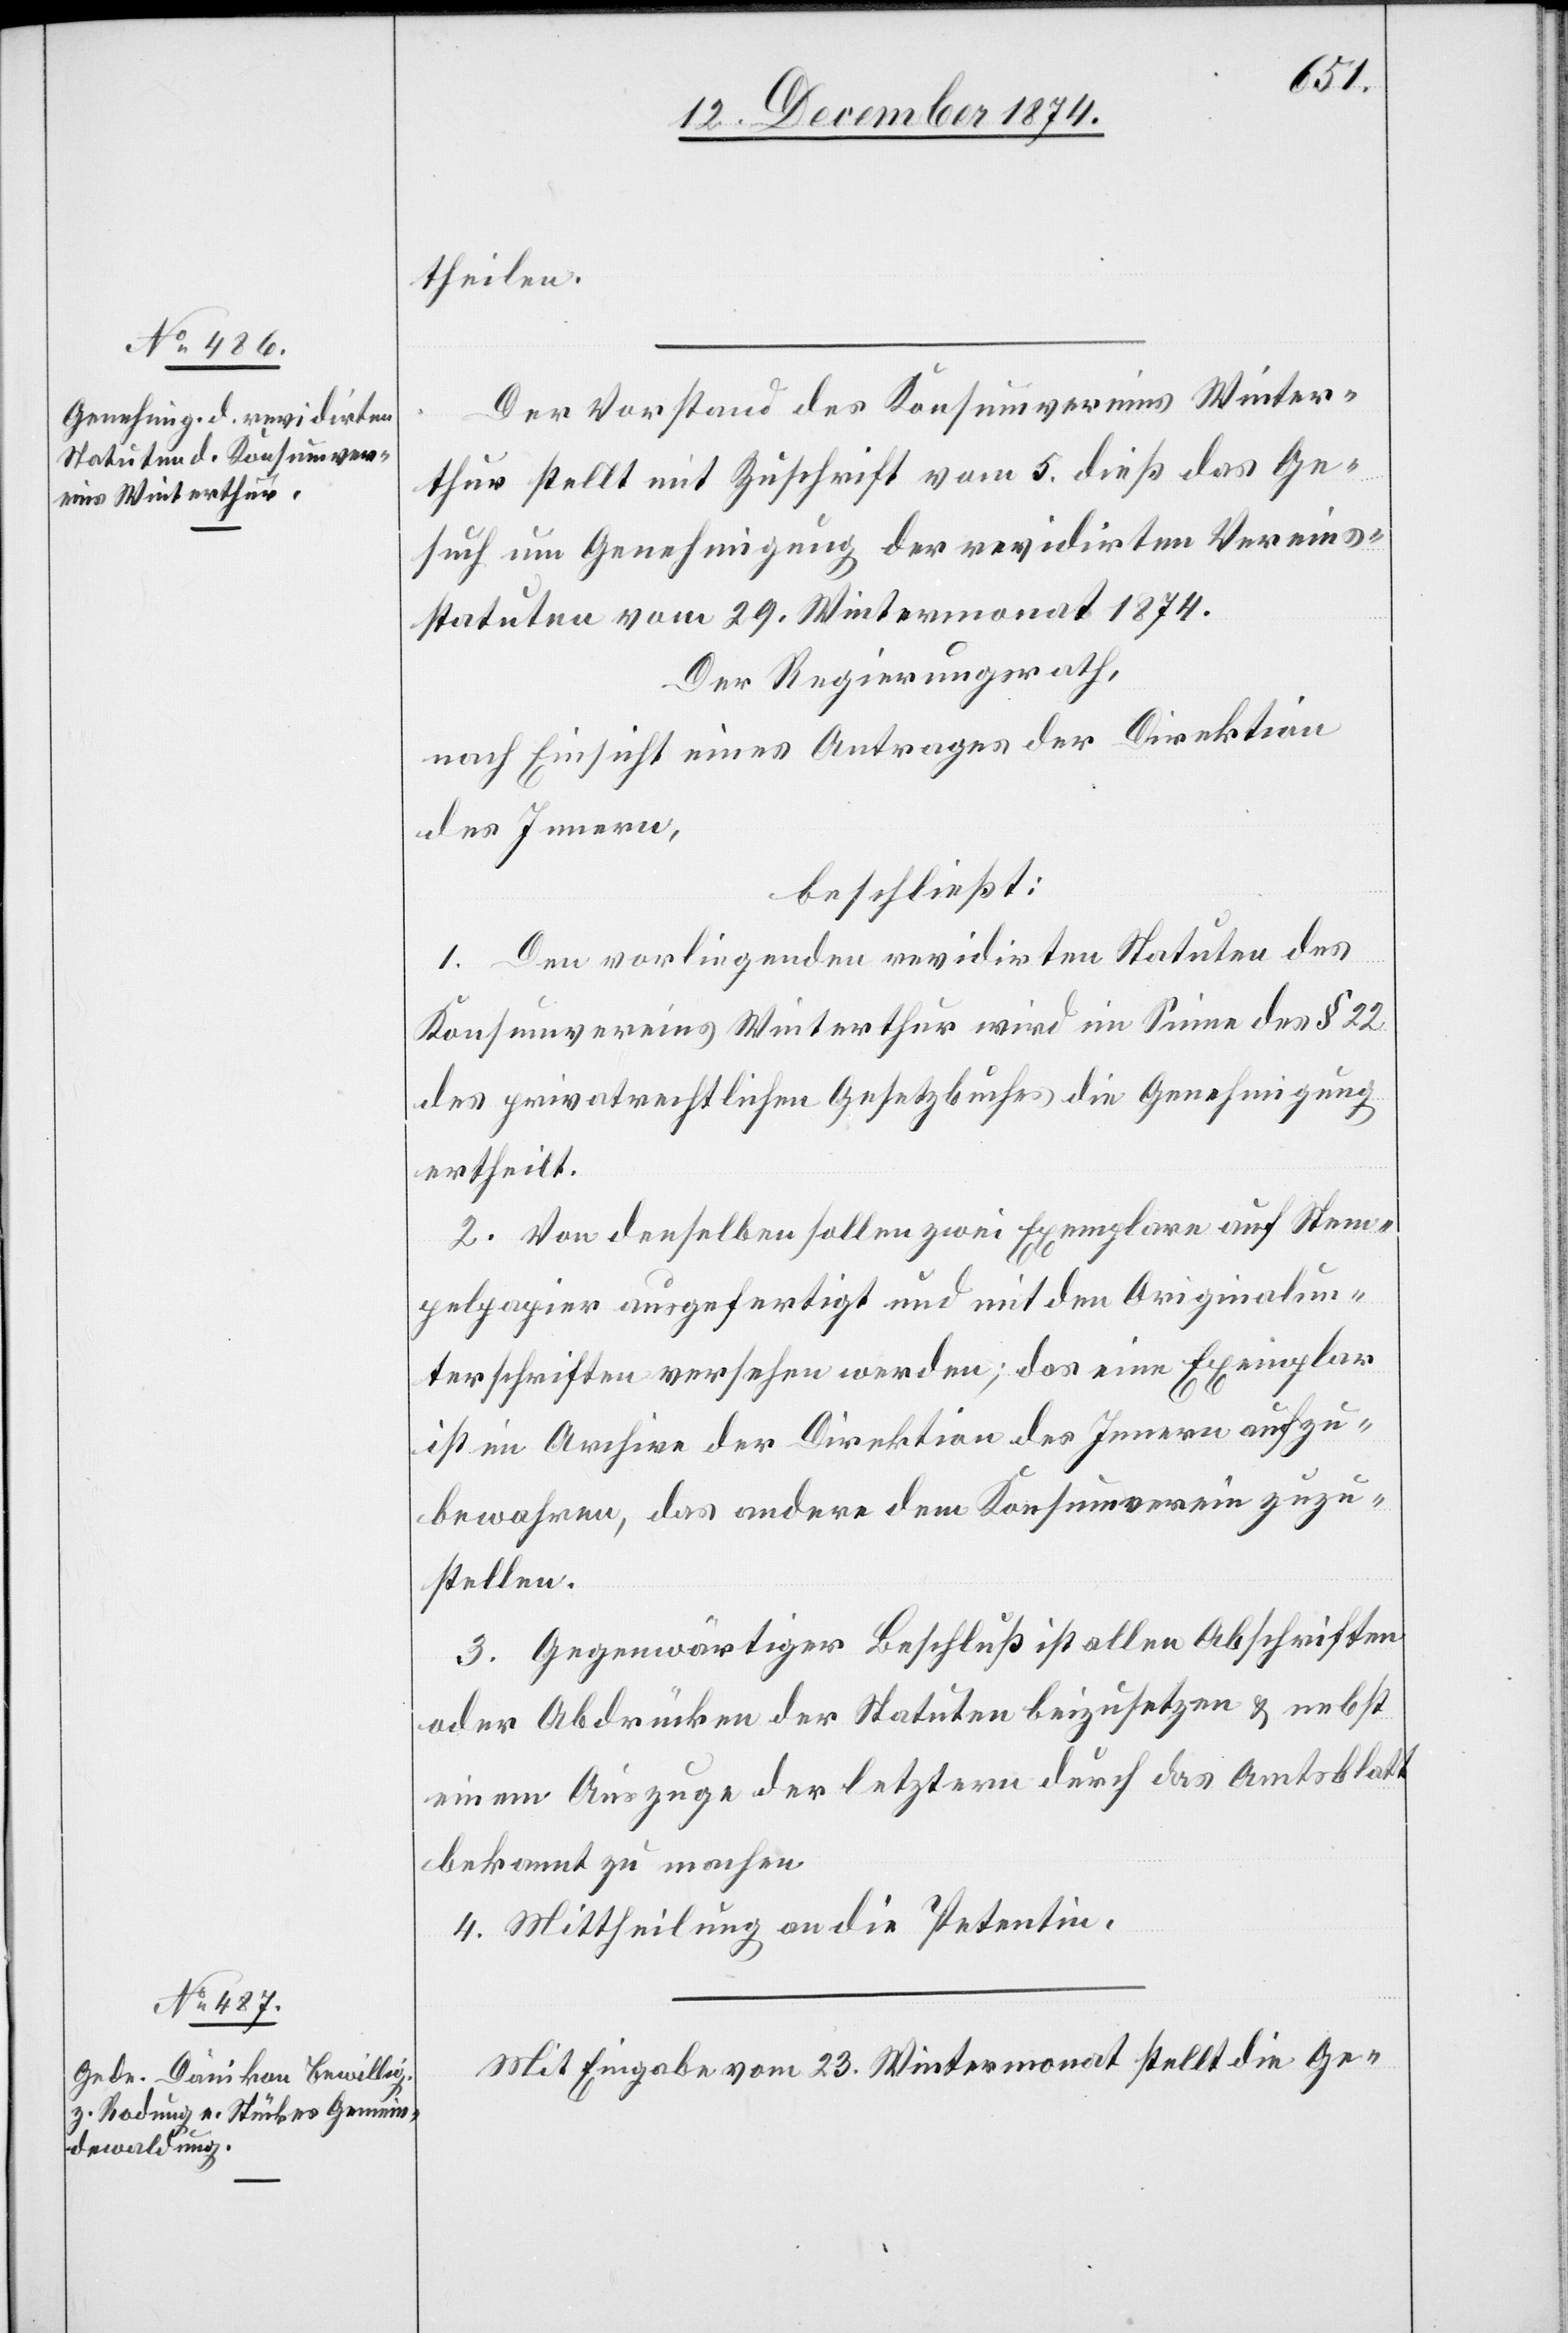
theilen.
Der Vorstand des Konsumvereins Winter¬
thur stellt mit Zuschrift vom 5. dieß das Ge¬
such um Genehmigung der revidirten Vereins¬
statuten vom 29. Wintermonat 1874.
Der Regierungsrath,
nach Einsicht eines Antrages der Direktion
des Innern,
beschließt:
1. Den vorliegenden revidirten Statuten des
Konsumvereins Winterthur wird im Sinne des § 22
des privatrechtlichen Gesetzbuches die Genehmigung
ertheilt.
2. Von denselben sollen zwei Exemplare auf Stem¬
pelpapier ausgefertigt und mit den Originalun¬
terschriften versehen werden; das eine Exemplar
ist im Archive der Direktion des Innern aufzu¬
bewahren, das andere dem Konsumverein zuzu¬
stellen.
3. Gegenwärtiger Beschluß ist allen Abschriften
oder Abdrücken der Statuten beizusetzen & nebst
einem Auszuge der letztern durch das Amtsblatt
bekannt zu machen.
4. Mittheilung an die Petentin.
Mit Eingabe vom 23. Wintermonat stellt die Ge-